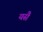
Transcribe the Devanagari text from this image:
यसै